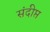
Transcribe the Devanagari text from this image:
संदीप्त